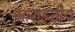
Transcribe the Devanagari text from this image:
साराहनीय